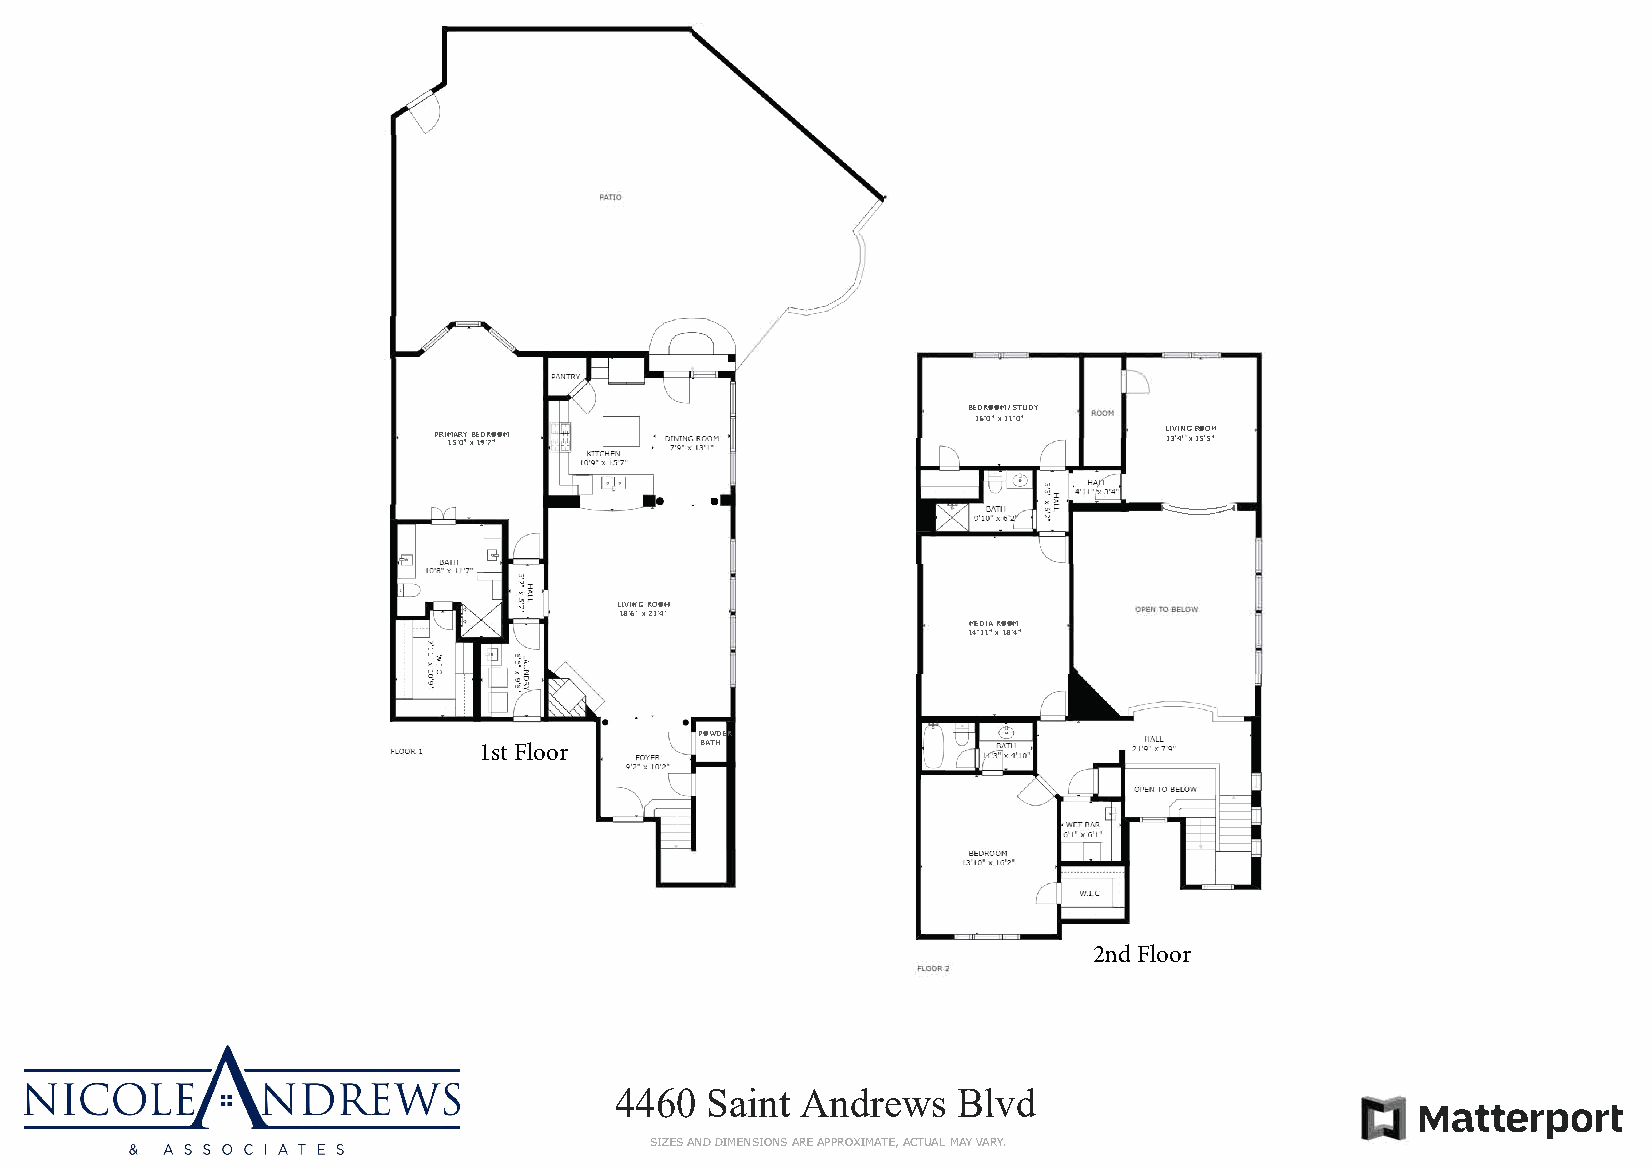
BEDROOM / STUDY
 16'X0 "1 1'0"
 PR 1I 5M •A 0RB 1·YE 9 D 'xR 7 O "O M           L 1I 3V 'I X4NR "1GO 5 O 'M 5 "
 •
 ---=--
 LIVINRGO OM
 18'X6 " 21'4"
 MEDIRAO OM
 14'1X1 1"8 '4"
 POWDER
 1st Floor     BATH
 2nd Floor
 4460  Saint Andrews   Blvd
 Matterport
 SIZAENSD D IMENSIOANRSEA PPROXIMATE, ACTUAMLA YV ARY.